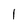
Character: I